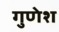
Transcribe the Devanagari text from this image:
गुणेश